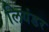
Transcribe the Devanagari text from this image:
लियंडर